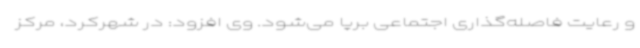
و رعایت فاصله‌گذاری اجتماعی برپا می‌شود. وی افزود: در شهرکرد، مرکز